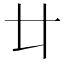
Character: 𠥻